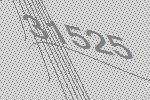
31525